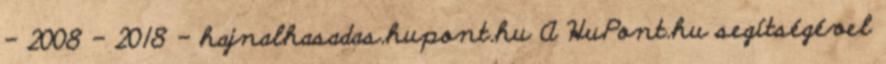
- 2008 - 2018 - hajnalhasadas.hupont.hu A HuPont.hu segítségével